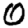
Digit: 0